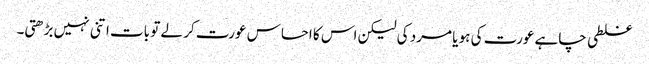
غلطی چاہے عورت کی ہو یا مرد کی لیکن اس کا احساس عورت کر لے تو بات اتنی نہیں بڑھتی۔